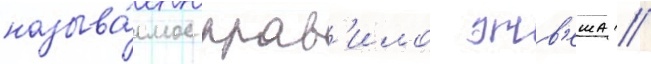
называ́емое прав'ило этв'еша //